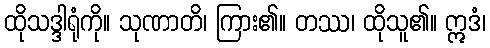
ထိုသဒ္ဒါရုံကို။ သုဏာတိ၊ ကြား၏။ တဿ၊ ထိုသူ၏။ ဣဒံ၊